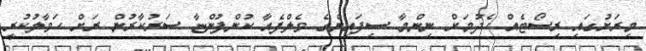
މިރަށުގައި ރިސޯޓެއް ހެދުމަށް ނިންމާ ސިފައިންގެ ވެލްފެއާ ކުންފުންޏާ ސަރުކާރުން ރަށް ހަވާލުކުރީ